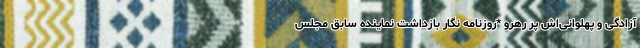
آزادگی و پهلوانی‌اش پر رهرو *روزنامه نگار بازداشت نماینده سابق مجلس